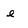
Character: e